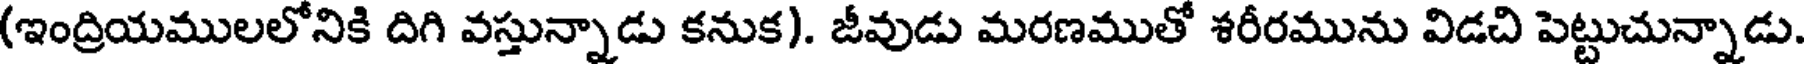
(ఇంద్రియములలోనికి దిగి వస్తున్నాడు కనుక). జీవుడు మరణముతో శరీరమును విడచి పెట్టుచున్నాడు.